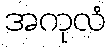
အကုလံ